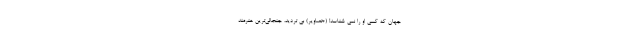
جهان که کسی او را نمی شناسد! (+تصاویر) بی تردید، جنجالی‌ترین هنرمند